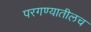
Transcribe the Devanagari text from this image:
परगण्यातीलच